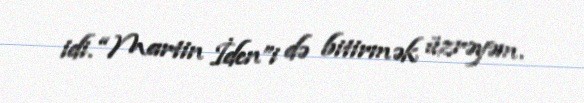
idi. “Martin İden”i də bitirmək üzrəyəm.